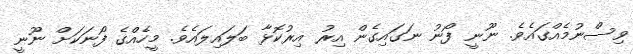
ވިސްނުމެއްގައެވެ. ނޫނީ ފޯނު ނަގައިގެން އިރު އިރުކޮޅާ ބަލައިލައެވެ. މީހެއްގެ ފޯނަކަށް ނޫނީ